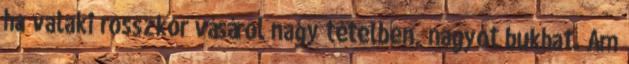
ha valaki rosszkor vásárol nagy tételben, nagyot bukhat. Ám